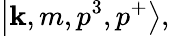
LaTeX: \left|\mathbf{k},m,p^{3},p^{+}\right>,